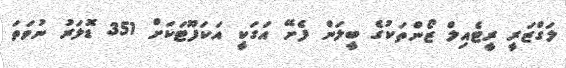
ލަގްޒަރީ ރީޓެއިލް ޒޯންތަކުގެ ބީލަން ފެށޭ އަގަކީ އަކަފޫޓަކަށް 351 ޑޮލަރު ނުވަތަ